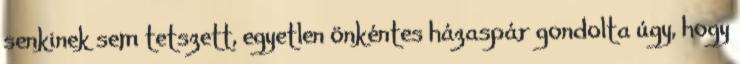
senkinek sem tetszett, egyetlen önkéntes házaspár gondolta úgy, hogy